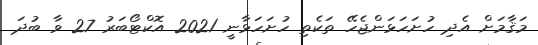
މަޤާމަށް އެދި ހުށަހަޅަންޖެހޭ ތަކެތި ހުށަހަޅާނީ 2021 އޮކްޓޯބަރު 27 ވާ ބުދަ